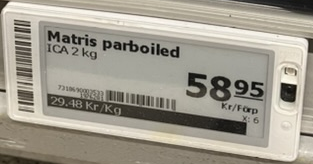
Vara: Matris partboiled
Genomsnittspris: 29.48 per kg